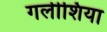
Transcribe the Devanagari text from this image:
गलीशिया